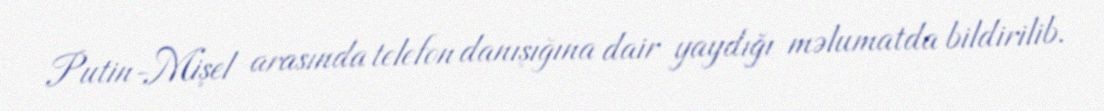
Putin-Mişel arasında telefon danışığına dair yaydığı məlumatda bildirilib.